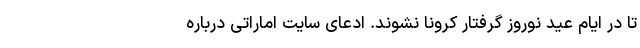
تا در ایام عید نوروز گرفتار کرونا نشوند. ادعای سایت اماراتی درباره